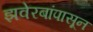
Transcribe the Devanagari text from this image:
झवेरबांपासून